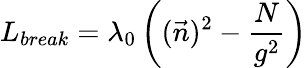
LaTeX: L_{break}=\lambda_{0}\left((\vec{n})^{2}-\frac{N}{g^{2}}\right)